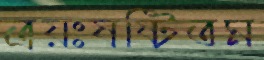
ত্রয়ঃষষ্টিতম